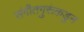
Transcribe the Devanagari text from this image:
संगीतगुरूंकडून